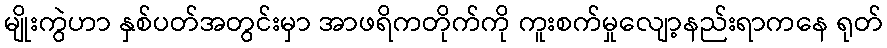
မျိုးကွဲဟာ နှစ်ပတ်အတွင်းမှာ အာဖရိကတိုက်ကို ကူးစက်မှုလျော့နည်းရာကနေ ရုတ်